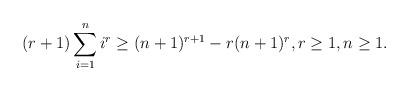
LaTeX: \begin{align*} (r+1)\sum^{n}_{i=1}i^r \geq (n+1)^{r+1}-r(n+1)^r, r \geq 1, n \geq 1.\end{align*}